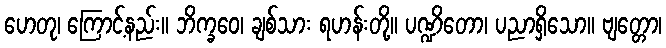
ဟေတု၊ ကြောင့်နည်း။ ဘိက္ခဝေ၊ ချစ်သား ရဟန်းတို့။ ပဏ္ဍိတော၊ ပညာရှိသော။ ဗျတ္တော၊